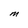
Character: M